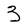
Character: 3